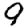
Digit: 9